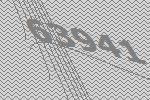
63941